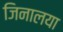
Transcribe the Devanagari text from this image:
जिनालया